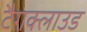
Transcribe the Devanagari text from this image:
टैगक्लाउड